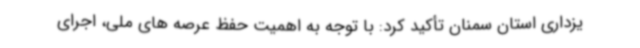
یزداری استان سمنان تأکید کرد: با توجه به اهمیت حفظ عرصه های ملی، اجرای